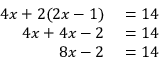
\begin{array} { r l } { 4 x + 2 ( 2 x - 1 ) } & { { } = 1 4 } \\ { 4 x + 4 x - 2 } & { { } = 1 4 } \\ { 8 x - 2 } & { { } = 1 4 } \end{array}